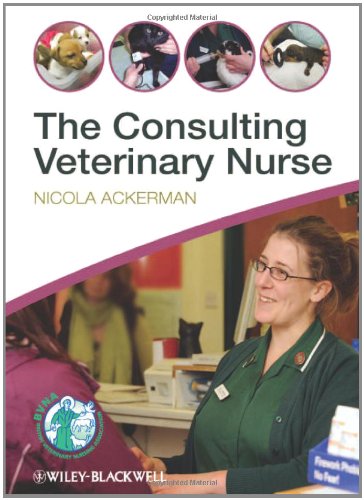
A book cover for The Consulting Veterinary Nurse; Nicola Ackerman; Medical Books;